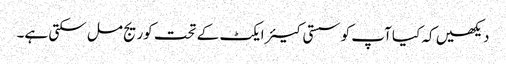
دیکھیں کہ کیا آپ کو سستی کیئر ایکٹ کے تحت کوریج مل سکتی ہے۔